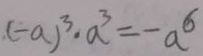
( - a ) ^ { 3 } \cdot a ^ { 3 } = - a ^ { 6 }